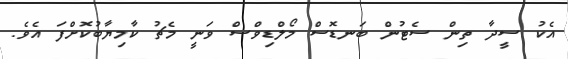
އެކު ސީދާ ތިން ސެޓުން ބަނޑޮސް މޯލްޑިވްސް ވަނީ މެޗު ކާމިޔާބުކޮށްފަ އެވެ.